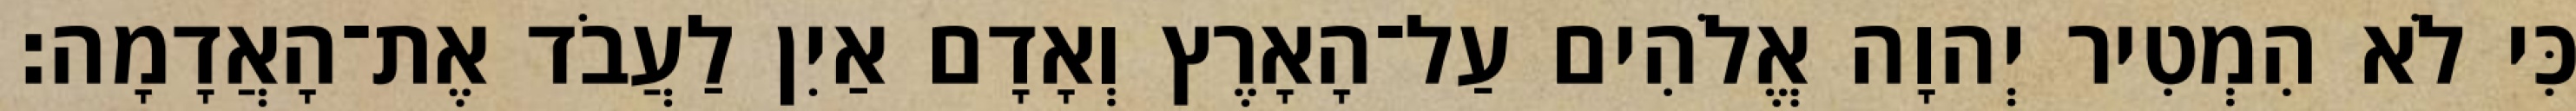
כִּי לֹא הִמְטִיר יְהוָה אֱלֹהִים עַל־הָאָרֶץ וְאָדָם אַיִן לַעֲבֹד אֶת־הָאֲדָמָה׃